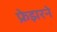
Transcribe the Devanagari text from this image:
फ्रेझरने